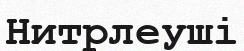
Нитрлеуші